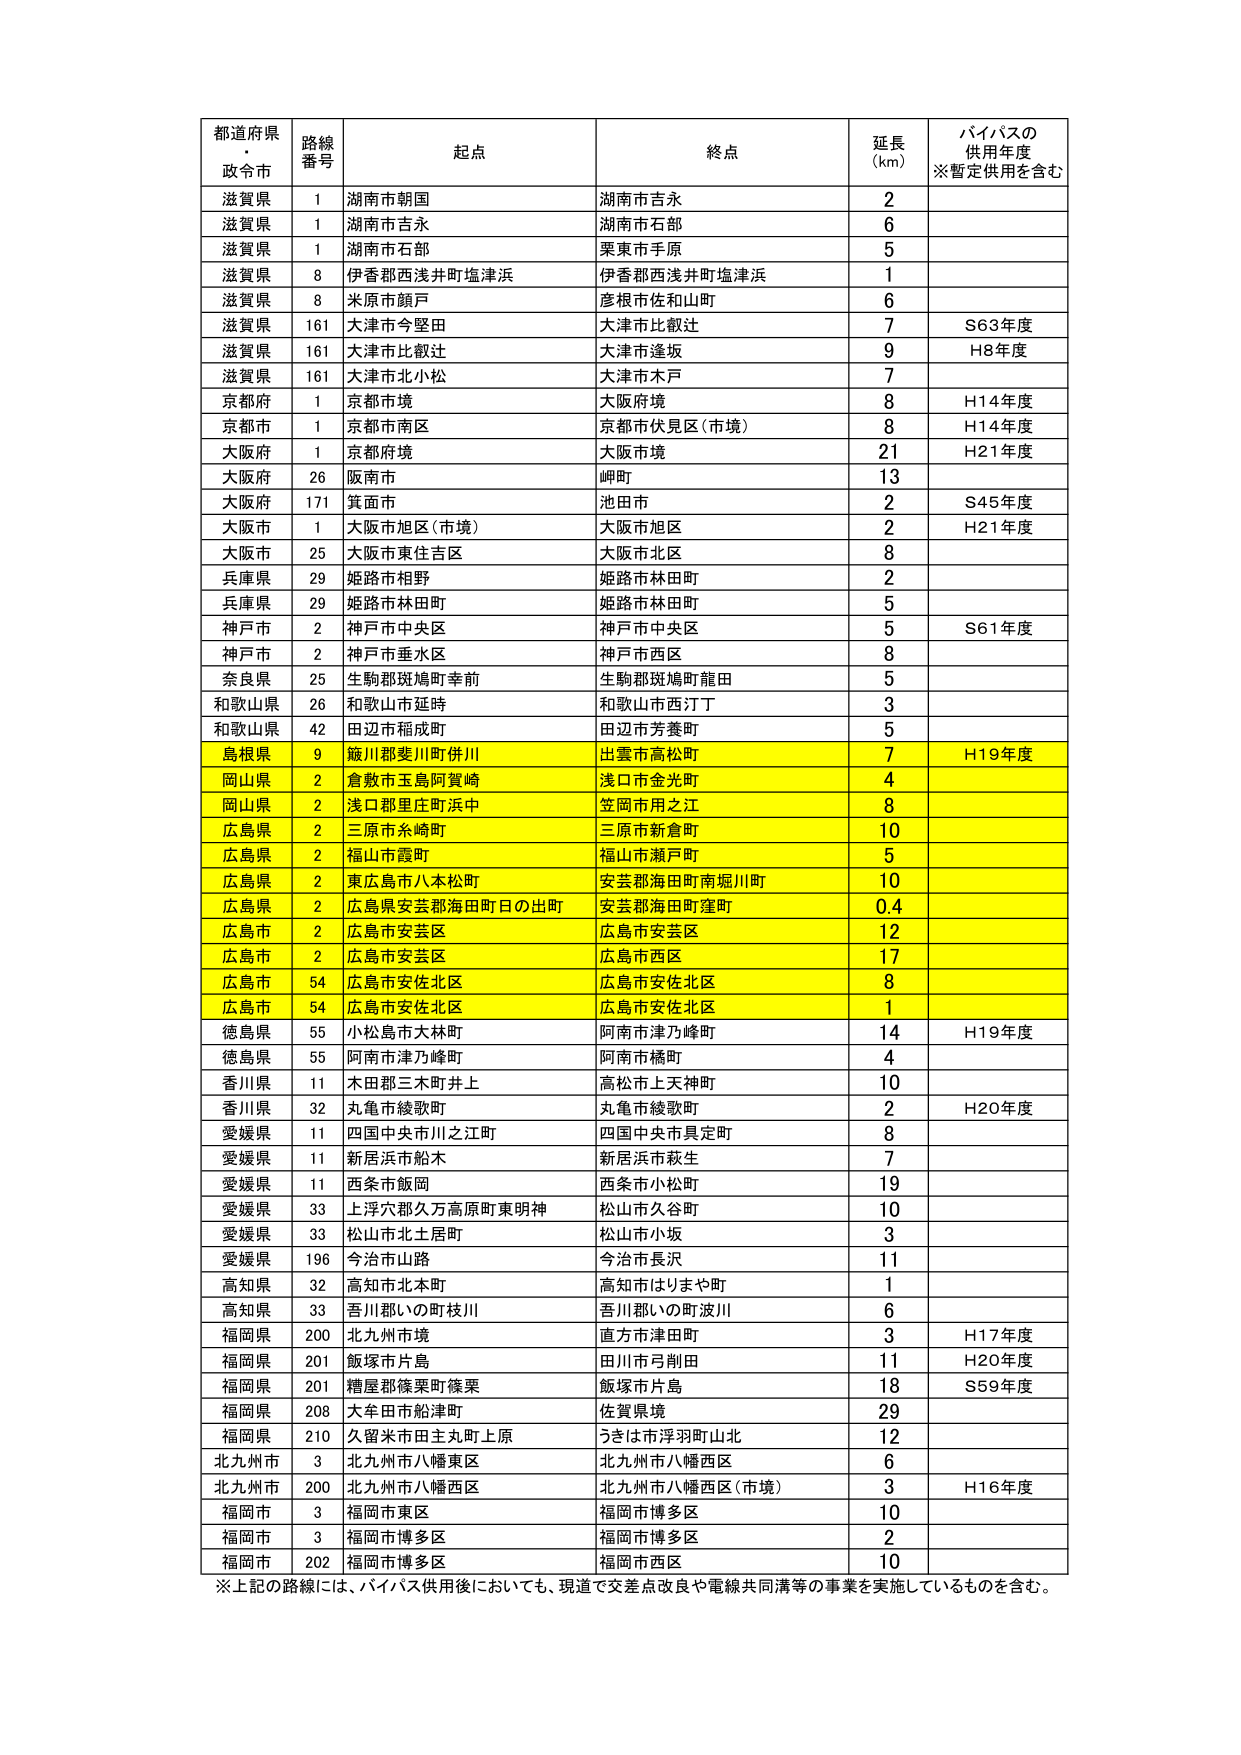
都道府県・政令市 路線番号 起点 終点 延長(km) バイパスの供用年度※暫定供用を含む
滋賀県 1 湖南市朝国 湖南市吉永 2
滋賀県 1 湖南市吉永 湖南市石部 6
滋賀県 1 湖南市石部 栗東市手原 5
滋賀県 8 伊香郡西浅井町塩津浜 伊香郡西浅井町塩津浜 1
滋賀県 8 米原市顔戸 彦根市佐和山町 6
滋賀県 161 大津市今堅田 大津市比叡辻 7 S63年度
滋賀県 161 大津市比叡辻 大津市逢坂 9 H8年度
滋賀県 161 大津市北小松 大津市木戸 7
京都府 1 京都市境 大阪府境 8 H14年度
京都市 1 京都市南区 京都市伏見区(市境) 8 H14年度
大阪府 1 京都府境 大阪市境 21 H21年度
大阪府 26 阪南市 岬町 13
大阪府 171 箕面市 池田市 2 S45年度
大阪市 1 大阪市旭区(市境) 大阪市旭区 2 H21年度
大阪市 25 大阪市東住吉区 大阪市北区 8
兵庫県 29 姫路市相野 姫路市林田町 2
兵庫県 29 姫路市林田町 姫路市林田町 5
神戸市 2 神戸市中央区 神戸市中央区 5 S61年度
神戸市 2 神戸市垂水区 神戸市西区 8
奈良県 25 生駒郡斑鳩町幸前 生駒郡斑鳩町龍田 5
和歌山県 26 和歌山市延坪 和歌山市西汀丁 3
和歌山県 42 田辺市稲成町 田辺市芳養町 5
島根県 9 飯川郡斐川町併川 出雲市高松町 7 H19年度
岡山県 2 倉敷市玉島阿賀崎 浅口市金光町 4
岡山県 2 浅口郡里庄町浜中 笠岡市用之江 8
広島県 2 三原市糸崎町 三原市新倉町 10
広島県 2 福山市霞町 福山市瀬戸町 5
広島県 2 東広島市八本松町 安芸郡海田町南堀川町 10
広島県 2 広島県安芸郡海田町日の出町 安芸郡海田町窪町 0.4
広島市 2 広島市安芸区 広島市安芸区 12
広島市 2 広島市安芸区 広島市西区 17
広島市 54 広島市安佐北区 広島市安佐北区 8
広島市 54 広島市安佐北区 広島市安佐北区 1
徳島県 55 小松島市大林町 阿南市津乃峰町 14 H19年度
徳島県 55 阿南市津乃峰町 阿南市橘町 4
香川県 11 木田郡三木町井上 高松市上天神町 10
香川県 32 丸亀市綾歌町 丸亀市綾歌町 2 H20年度
愛媛県 11 四国中央市川之江町 四国中央市具定町 8
愛媛県 11 新居浜市船木 新居浜市萩生 7
愛媛県 11 西条市飯岡 西条市小松町 19
愛媛県 33 上浮穴郡久万高原町東明神 松山市久谷町 10
愛媛県 33 松山市北土居町 松山市小坂 3
愛媛県 196 今治市山路 今治市長沢 11
高知県 32 高知市北本町 高知市はりまや町 1
高知県 33 吾川郡いの町枝川 吾川郡いの町波川 6
福岡県 200 北九州市境 直方市津田町 3 H17年度
福岡県 201 飯塚市片島 田川市弓削田 11 H20年度
福岡県 201 糟屋郡篠栗町篠栗 飯塚市片島 18 S59年度
福岡県 208 大牟田市船津町 佐賀県境 29
福岡県 210 久留米市田主丸町上原 うきは市浮羽町山北 12
北九州市 3 北九州市八幡東区 北九州市八幡西区 6
北九州市 200 北九州市八幡西区 北九州市八幡西区(市境) 3 H16年度
福岡市 3 福岡市東区 福岡市博多区 10
福岡市 3 福岡市博多区 福岡市博多区 2
福岡市 202 福岡市博多区 福岡市西区 10
※上記の路線には、バイパス供用後においても、現道で交差点改良や電線共同溝等の事業を実施しているものを含む。